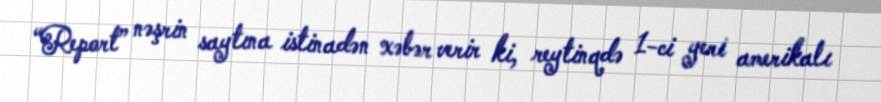
“Report” nəşrin saytına istinadən xəbər verir ki, reytinqdə 1-ci yeri amerikalı